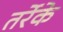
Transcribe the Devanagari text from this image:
तर्रेके